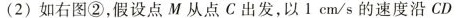
（2）如右图②，假设点M从点C出发，以1 cm/s 的速度沿 CD